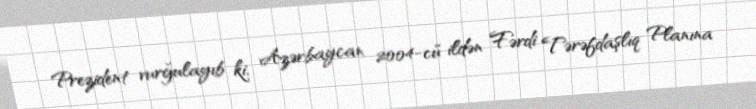
Prezident vurğulayıb ki, Azərbaycan 2004-cü ildən Fərdi Tərəfdaşlıq Planına